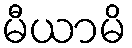
မီယာမိ